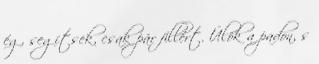
ég, segítsek, csak pár fillért. Ülök a padon, s